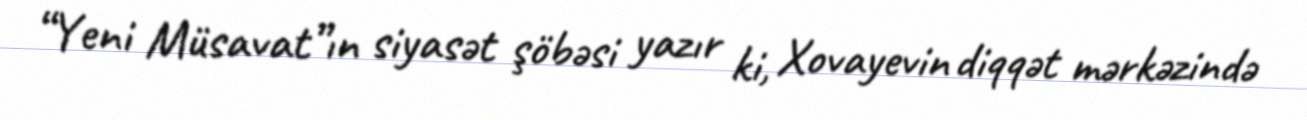
“Yeni Müsavat”ın siyasət şöbəsi yazır ki, Xovayevin diqqət mərkəzində